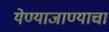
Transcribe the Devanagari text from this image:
येण्याजाण्याचा